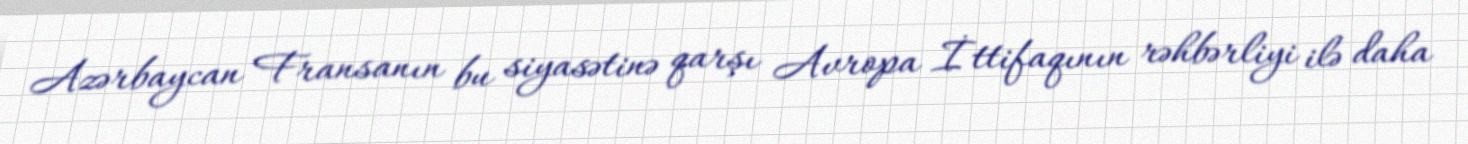
Azərbaycan Fransanın bu siyasətinə qarşı Avropa İttifaqının rəhbərliyi ilə daha